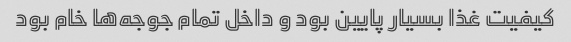
کیفیت غذا بسیار پایین بود و داخل تمام جوجه‌ها خام بود